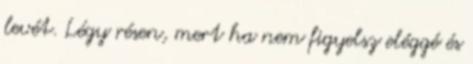
levét. Légy résen, mert ha nem figyelsz eléggé és